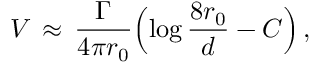
V \, \approx \, \frac { \Gamma } { 4 \pi r _ { 0 } } \Bigl ( \log \frac { 8 r _ { 0 } } { d } - C \Bigr ) \, ,